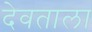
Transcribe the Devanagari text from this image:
देवताला